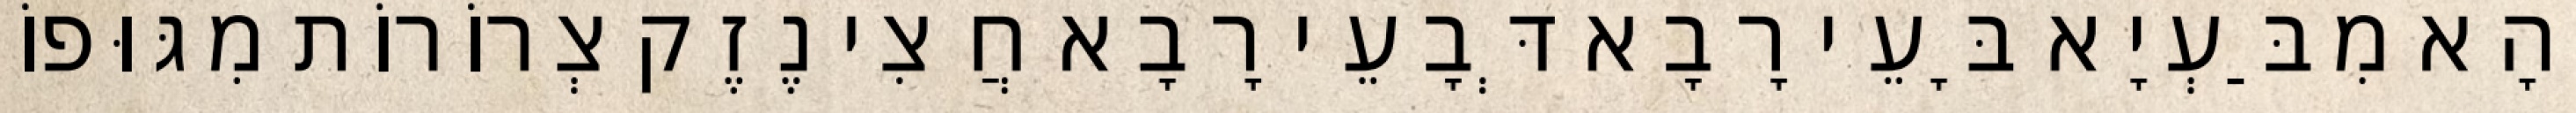
וְהָא מִבַּעְיָא בָּעֵי רָבָא דְּבָעֵי רָבָא חֲצִי נֶזֶק צְרוֹרוֹת מִגּוּפוֹ